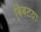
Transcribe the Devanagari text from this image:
बिबटय़ा